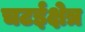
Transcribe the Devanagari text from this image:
चटईक्षेत्र